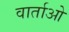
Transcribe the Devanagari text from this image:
वार्ताओ